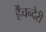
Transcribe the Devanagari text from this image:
र्हैंचन्देरी